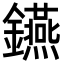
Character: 𨯧